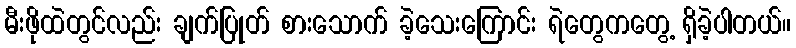
မီးဖိုထဲတွင်လည်း ချက်ပြုတ် စားသောက် ခဲ့သေးကြောင်း ရဲတွေကတွေ့ ရှိခဲ့ပါတယ်။